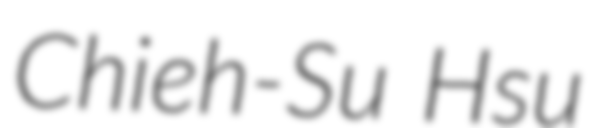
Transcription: Chieh-Su Hsu